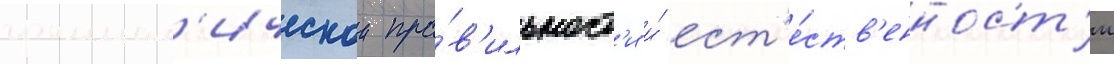
граммат'ическои пра́в'ильност'и и́ ест'е́ств'енност'и